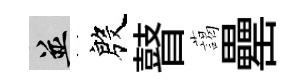
并殷瞽藹罍